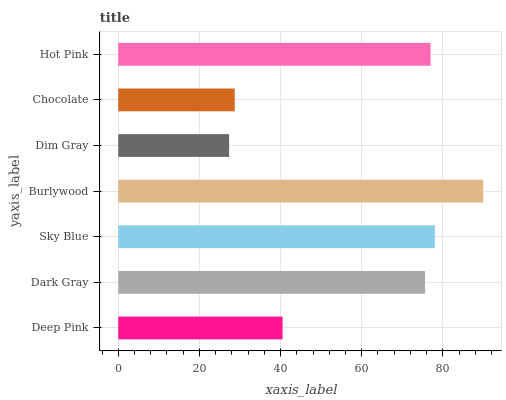
| yaxis_label | bars |
 | --- | --- |
 | Deep Pink | 40.5 |
 | Dark Gray | 75.6 |
 | Sky Blue | 78 |
 | Burlywood | 90 |
 | Dim Gray | 27.3 |
 | Chocolate | 28.7 |
 | Hot Pink | 77 |